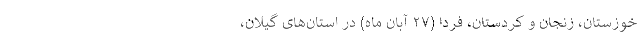
خوزستان، زنجان و کردستان، فردا (۲۷ آبان ماه) در استان‌های گیلان،